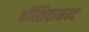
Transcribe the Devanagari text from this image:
श्रीशिवानन्द